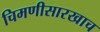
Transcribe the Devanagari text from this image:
चिमणीसारखाच